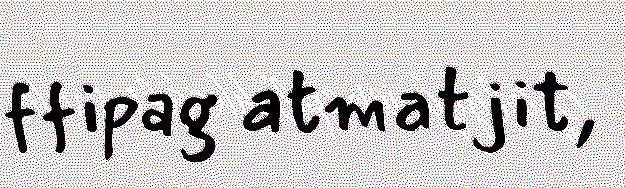
ffipag atmatjit,